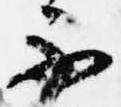
不